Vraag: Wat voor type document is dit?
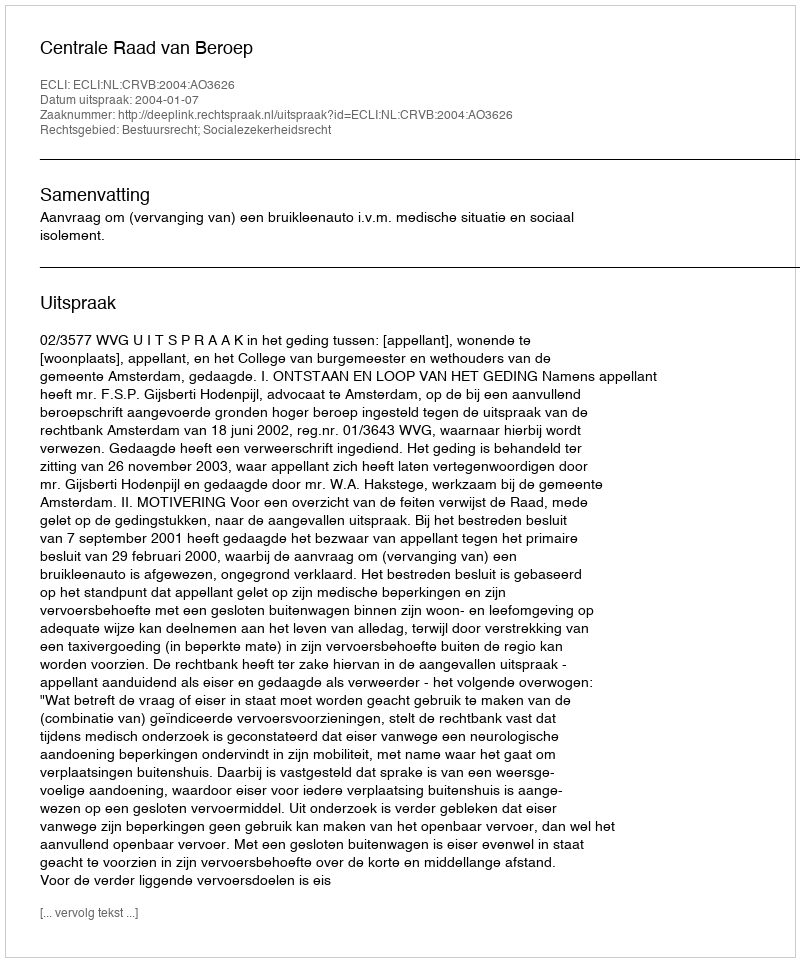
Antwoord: Uitspraak